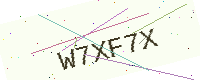
Text: W7XF7X